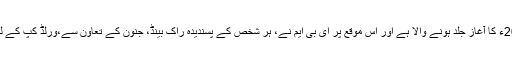
آئی سی سی ورلڈ کپ 2019ء کا آغاز جلد ہونے والا ہے اور اس موقع پر ای بی ایم نے، ہر شخص کے پسندیدہ راک بینڈ، جنون کے تعاون سے،ورلڈ کپ کے لیے نیا ترانہ جاری کیا ہے۔